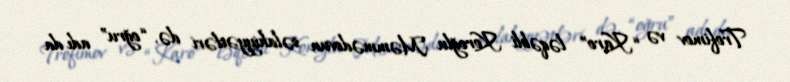
Trofimov və “Karo” ləqəbli Koroğlu Məmmədovun səlahiyyətləri də, “oğru” adı da